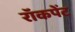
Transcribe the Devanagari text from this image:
रॉकपेंट